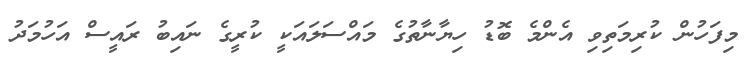
މިފަހުން ކުރިމަތިވި އެންމެ ބޮޑު ހިޔާނާތުގެ މައްސަލައަކީ ކުރީގެ ނައިބު ރައީސް އަހުމަދު